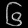
Digit: ၆